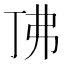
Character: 𫸨